Trukikaitis_Postimees, lk 94
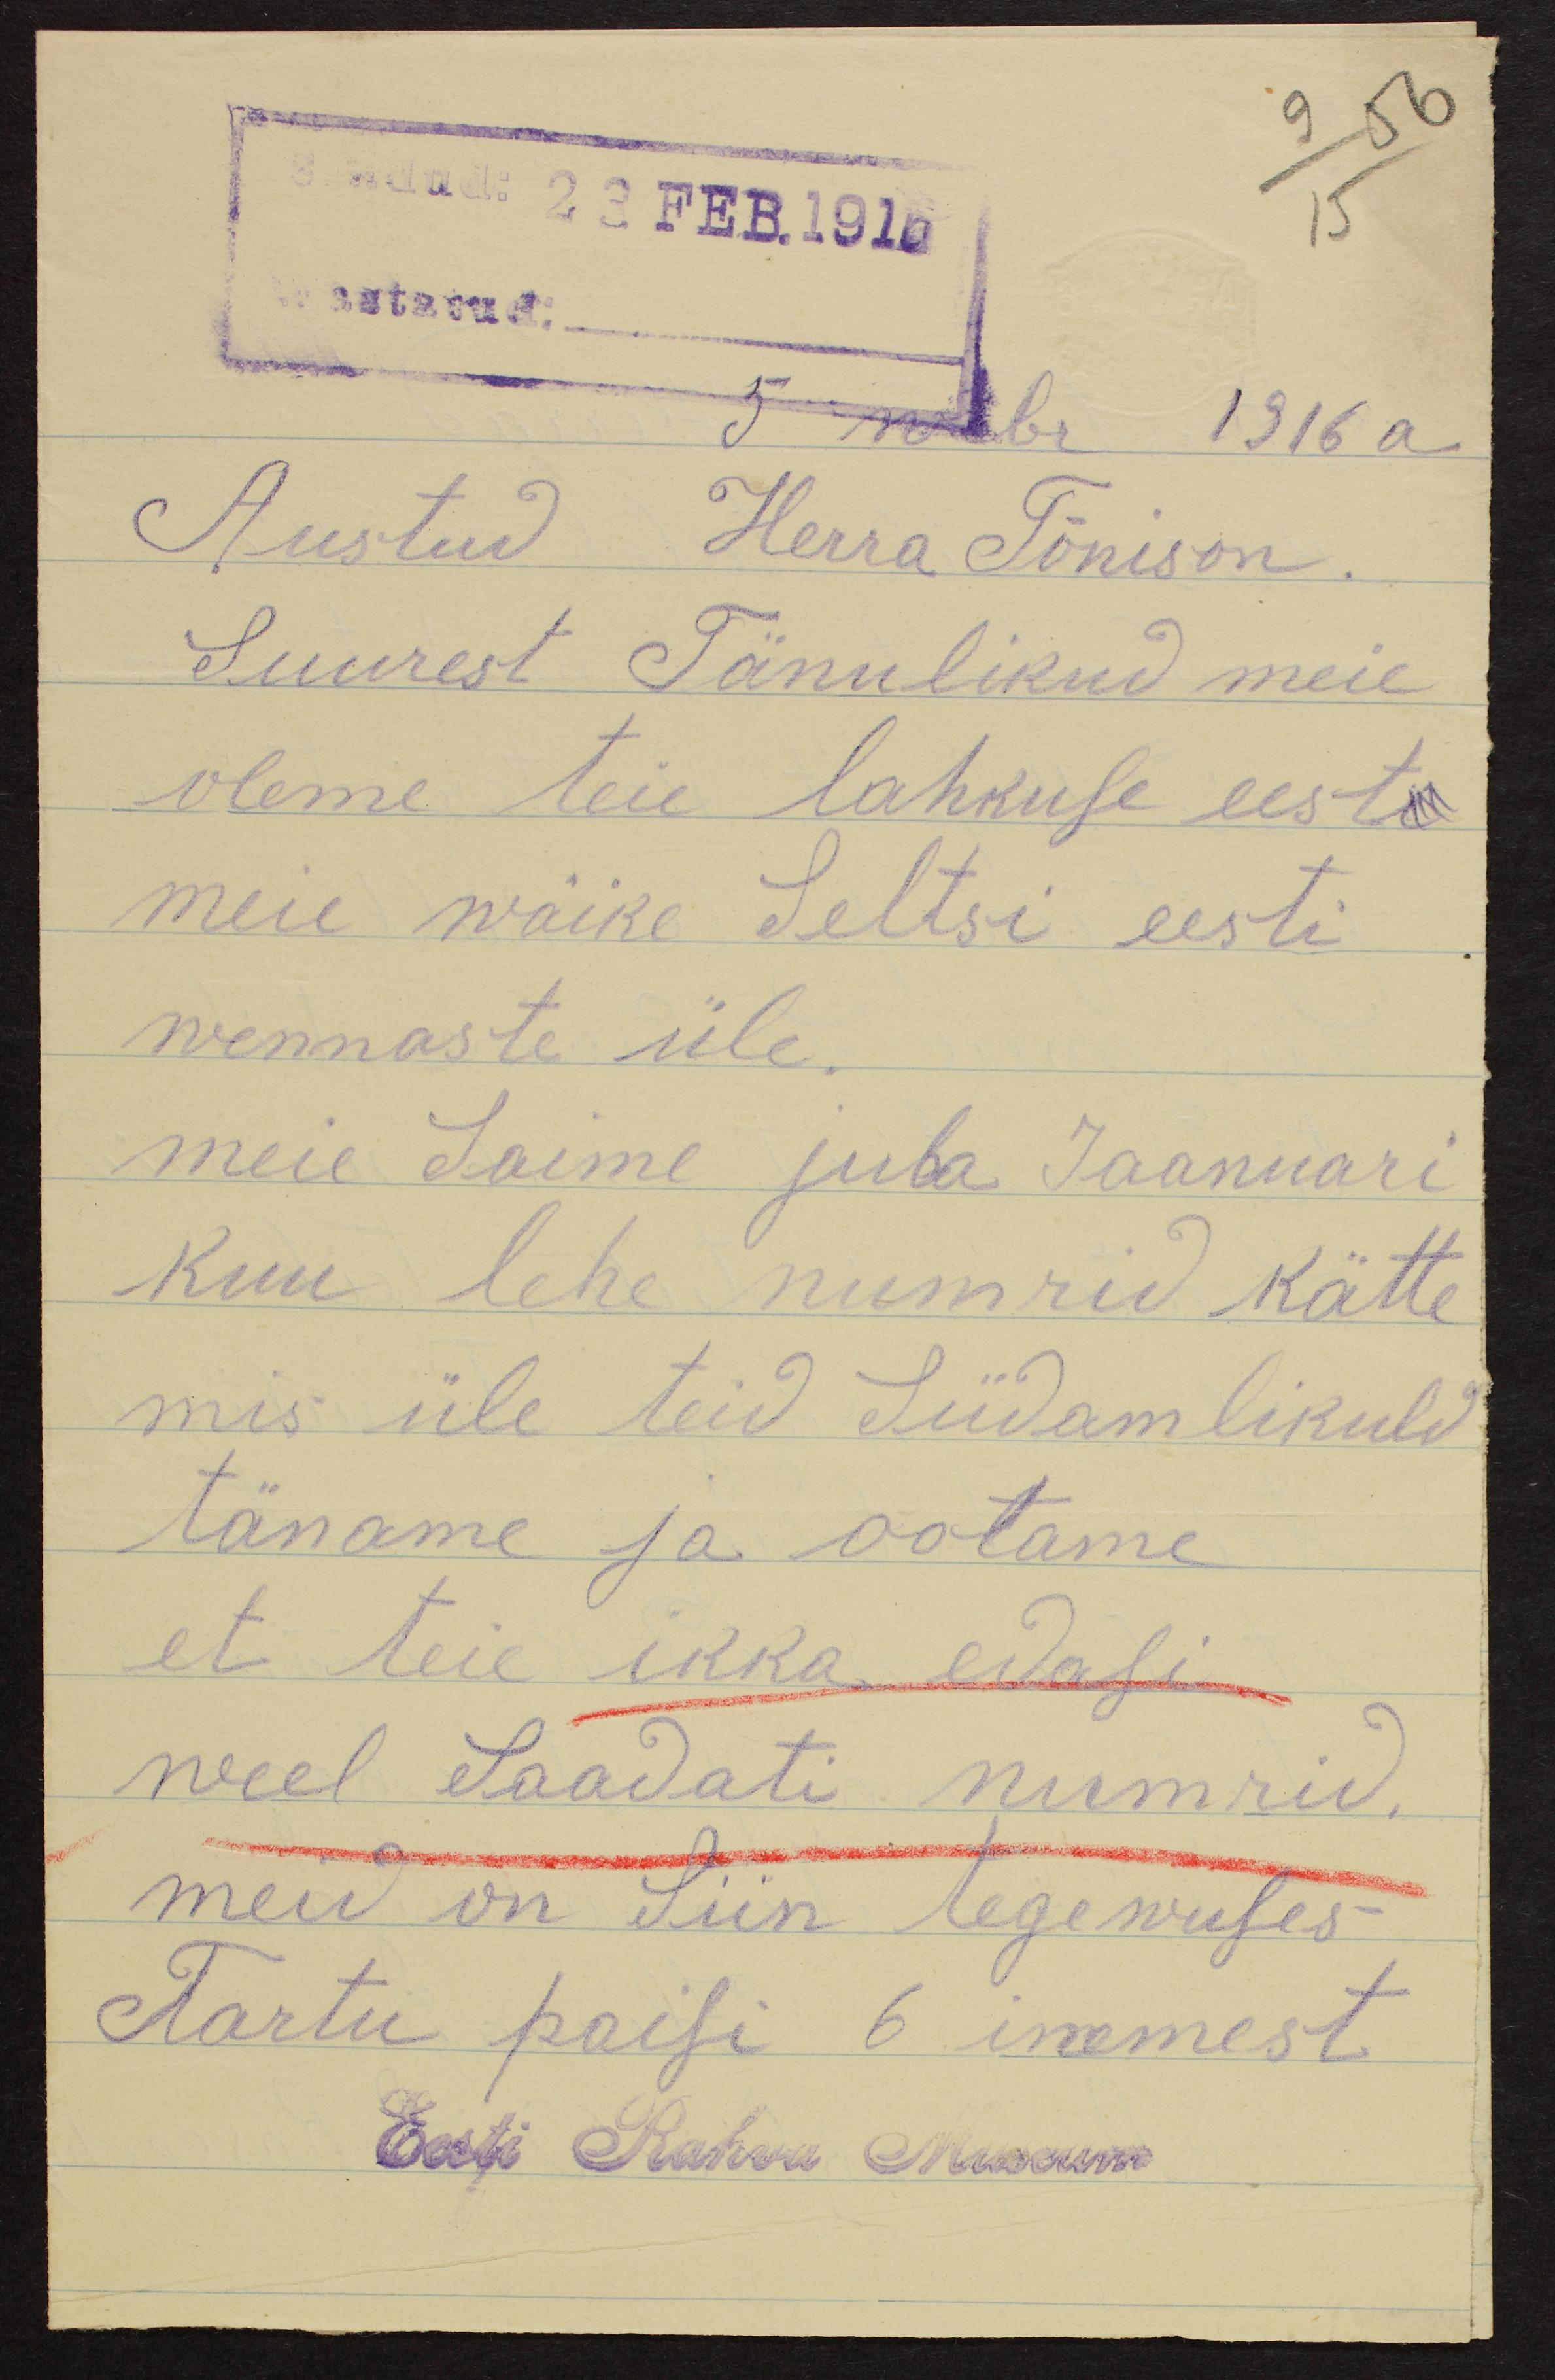
9 56
23 Feb.1916
15
5 weebr 1916 a.
Austud Herra Tõnison.
Suurest Tänulikud meie
oleme teie lahkuse eest.
meie wäike Seltsi eesti.
wennaste üle.
meie saime juba Jaanuari
kuu lehe numrid kätte
mis üle teid Südamlikuld
täname ja ootame
et teie ikka edasi
weel Saadati numrid.
meid on siin tegewuses
Tartu poisi 6 inemest
Eesti Rahva Museum